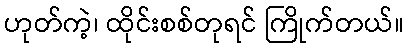
ဟုတ်ကဲ့၊ ထိုင်းစစ်တုရင် ကြိုက်တယ်။